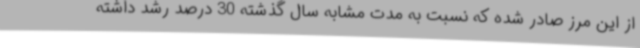
از این مرز صادر شده که نسبت به مدت مشابه سال گذشته 30 درصد رشد داشته